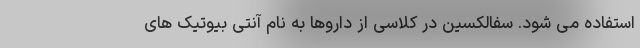
استفاده می شود. سفالکسین در کلاسی از داروها به نام آنتی بیوتیک های